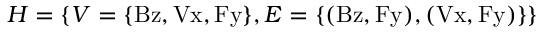
H = \{ V = \{ \mathrm { B z , V x , F y } \} , E = \{ \mathrm { ( B z , F y ) , ( V x , F y ) } \} \}